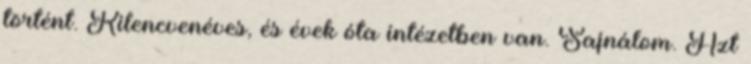
történt. Kilencvenéves, és évek óta intézetben van. Sajnálom. Azt